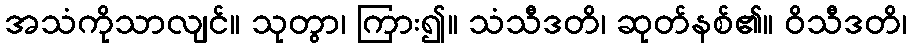
အသံကိုသာလျင်။ သုတွာ၊ ကြား၍။ သံသီဒတိ၊ ဆုတ်နစ်၏။ ဝိသီဒတိ၊